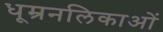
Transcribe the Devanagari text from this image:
धूम्रनलिकाओं